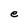
Character: e